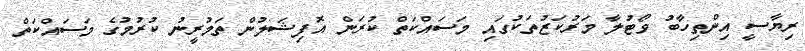
ރިޔާސީ އިންތިހާބު ވޯޓުލާ މަރުކަޒުތަކުގައި މަސައްކަތް ކުރަން އޮފިޝަލުން ތަމުރީނު ކުރުމުގެ މަސައްކަތް